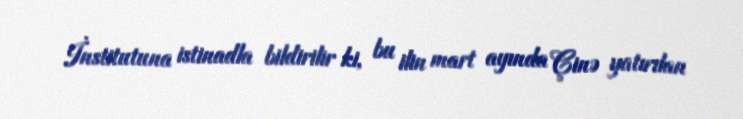
İnstitutuna istinadla bildirilir ki, bu ilin mart ayında Çinə yatırılan